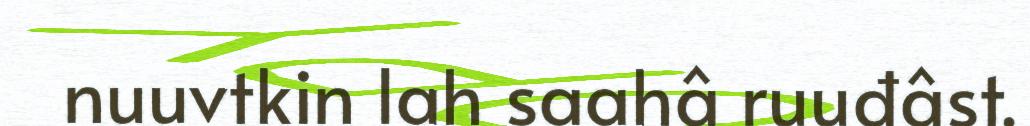
nuuvtkin lah saahâ ruuđâst.